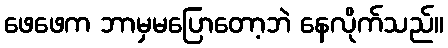
ဖေဖေက ဘာမှမပြောတော့ဘဲ နေလိုက်သည်။